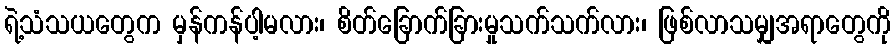
ရဲ့သံသယတွေက မှန်ကန်ပါ့မလား၊ စိတ်ခြောက်ခြားမှုသက်သက်လား၊ ဖြစ်လာသမျှအရာတွေကို